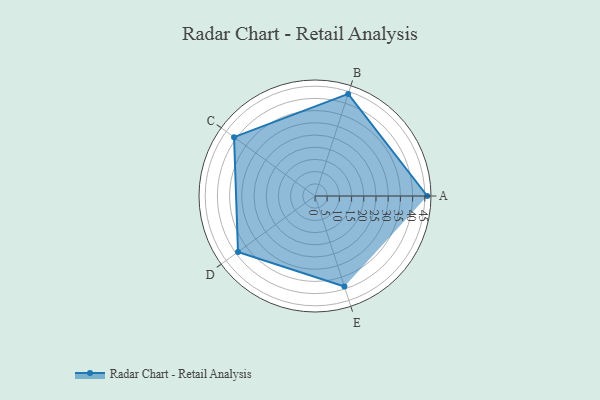
{"axis": {"x": "Skill", "y": "Score"}, "legend": ["Profile"], "data": [{"x": "A", "y": 46.0, "type": "Profile"}, {"x": "B", "y": 44.0, "type": "Profile"}, {"x": "C", "y": 41.0, "type": "Profile"}, {"x": "D", "y": 39.0, "type": "Profile"}, {"x": "E", "y": 39.0, "type": "Profile"}]}